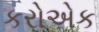
કરોએક